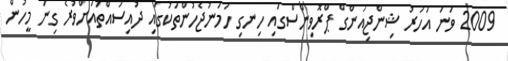
2009 ވަނަ އަހަރު ޝިންޖިއަންގް ޕްރޮވިންސްގައި ހިނގި ހަމަނުޖެހުންތަކުގައި ދުއިސައްތައަށްވުރެ ގިނަ މީހުން